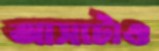
আসাটাও